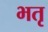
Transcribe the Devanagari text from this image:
भतृ